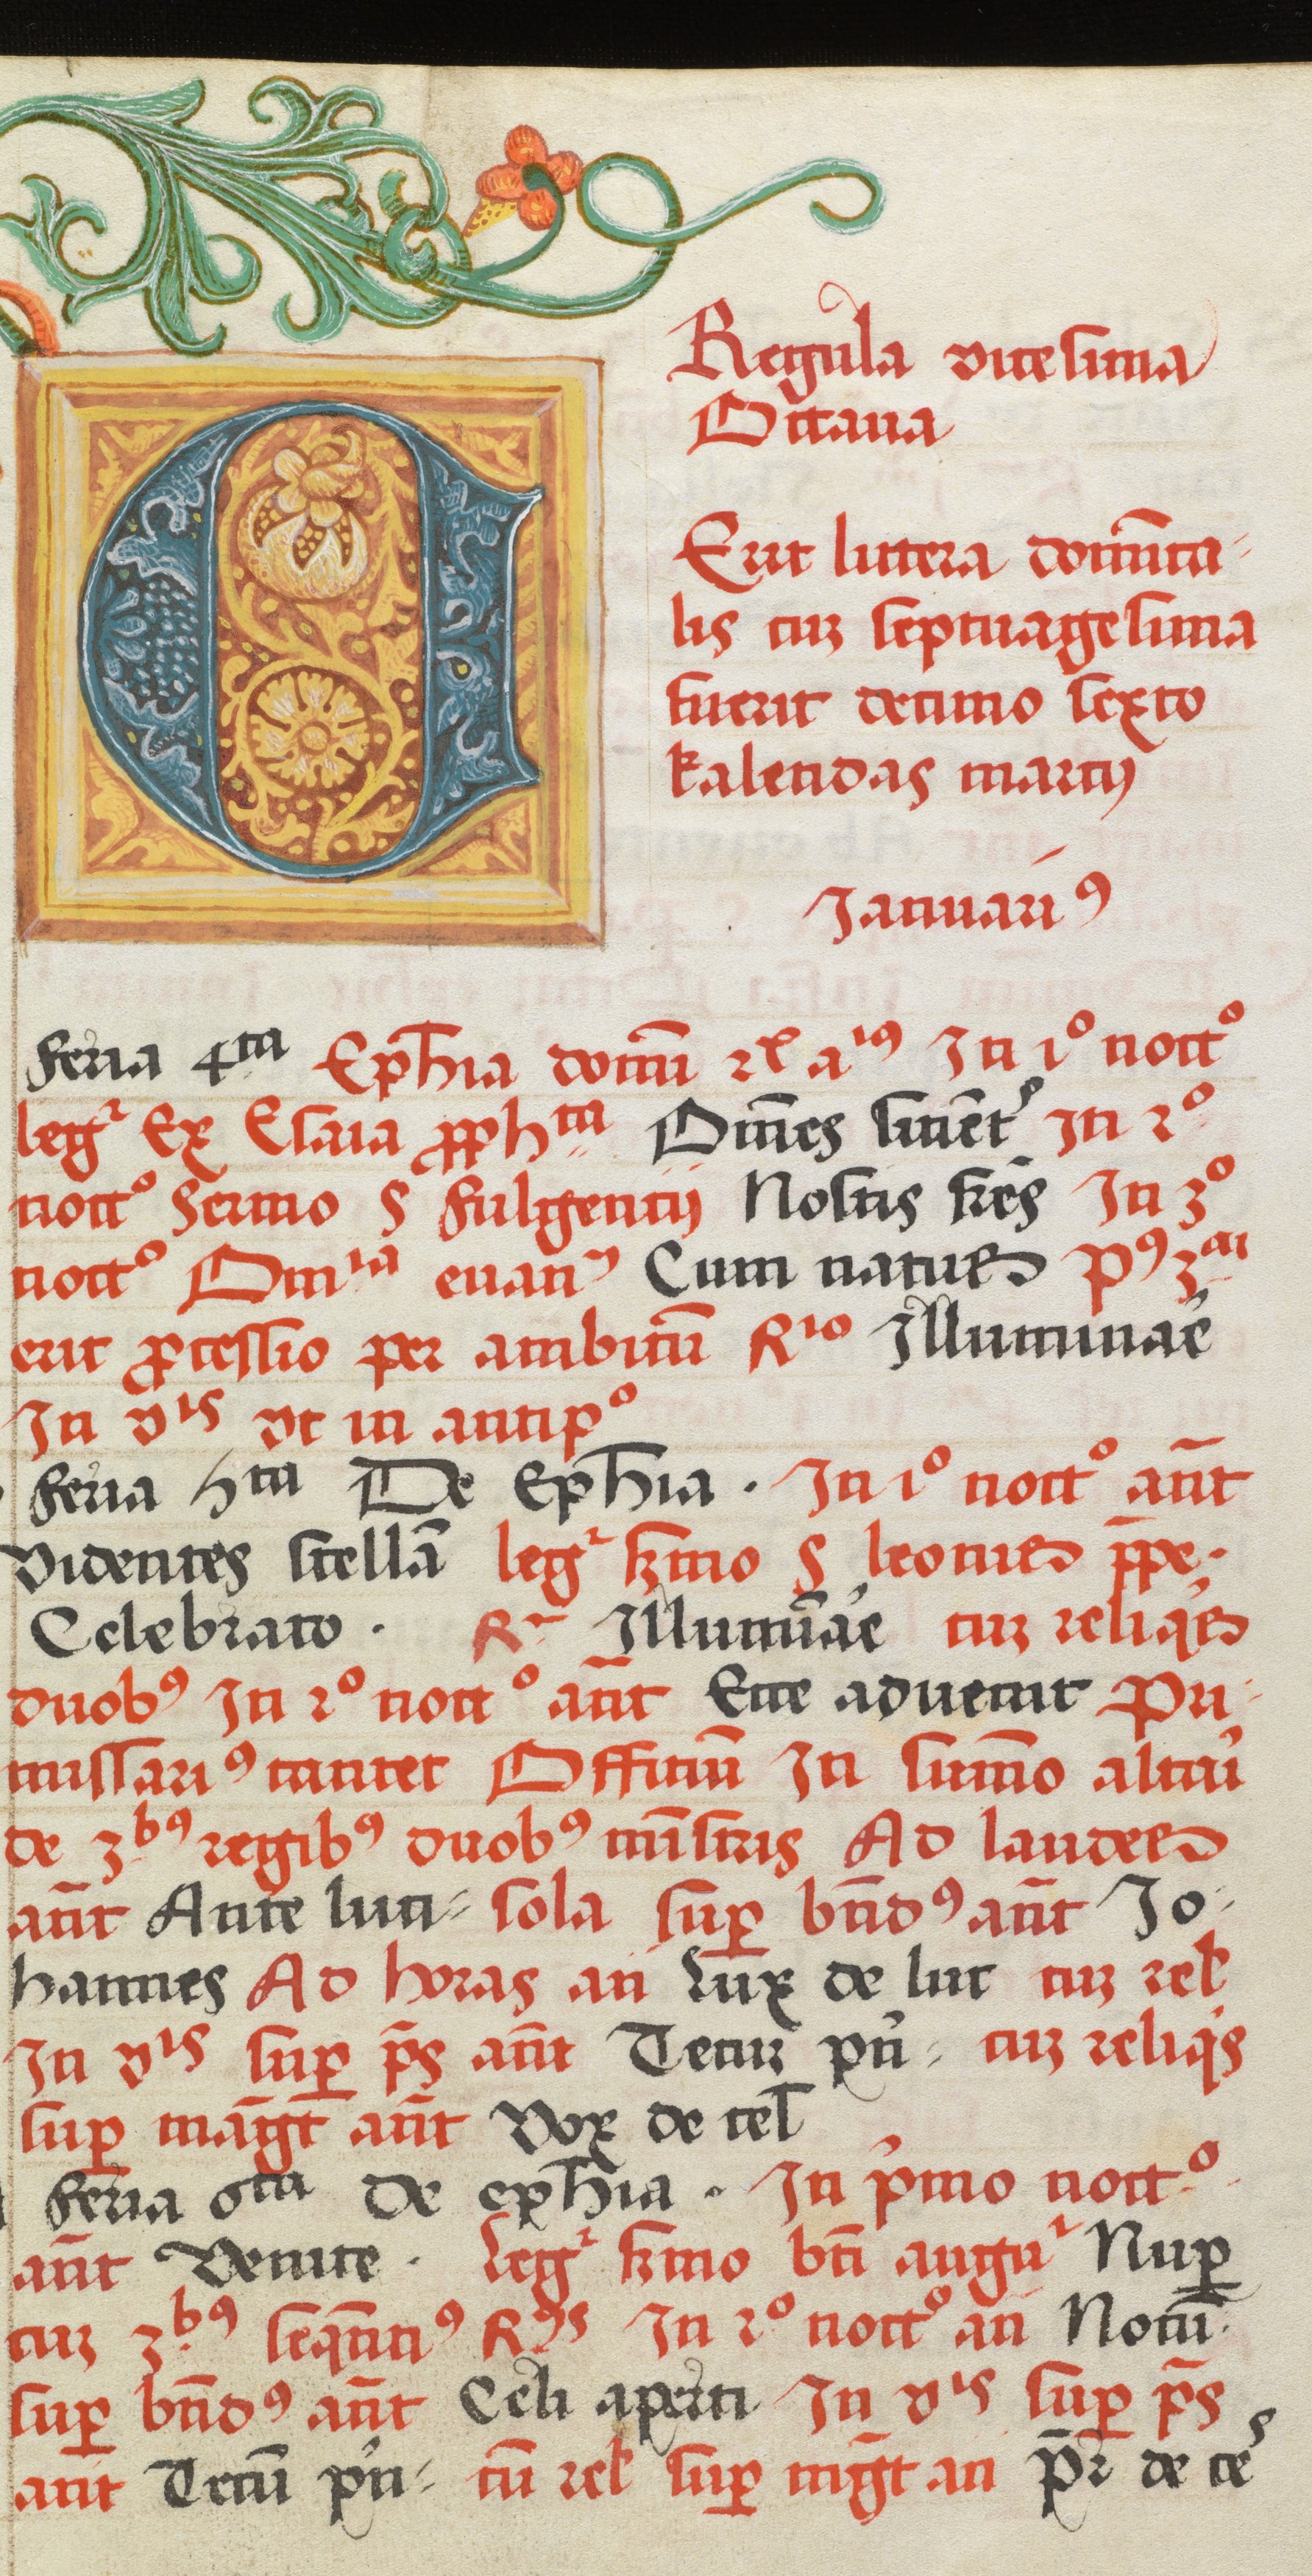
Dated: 1505–1535